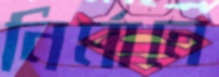
নির্মানে